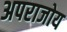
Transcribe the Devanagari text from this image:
अपराजोय